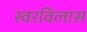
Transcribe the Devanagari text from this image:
स्वरविलास